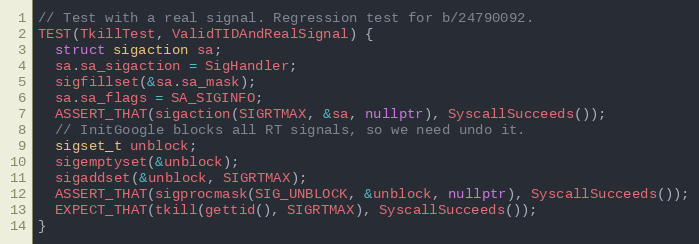
Language: C++
// Test with a real signal. Regression test for b/24790092.
TEST(TkillTest, ValidTIDAndRealSignal) {
  struct sigaction sa;
  sa.sa_sigaction = SigHandler;
  sigfillset(&sa.sa_mask);
  sa.sa_flags = SA_SIGINFO;
  ASSERT_THAT(sigaction(SIGRTMAX, &sa, nullptr), SyscallSucceeds());
  // InitGoogle blocks all RT signals, so we need undo it.
  sigset_t unblock;
  sigemptyset(&unblock);
  sigaddset(&unblock, SIGRTMAX);
  ASSERT_THAT(sigprocmask(SIG_UNBLOCK, &unblock, nullptr), SyscallSucceeds());
  EXPECT_THAT(tkill(gettid(), SIGRTMAX), SyscallSucceeds());
}